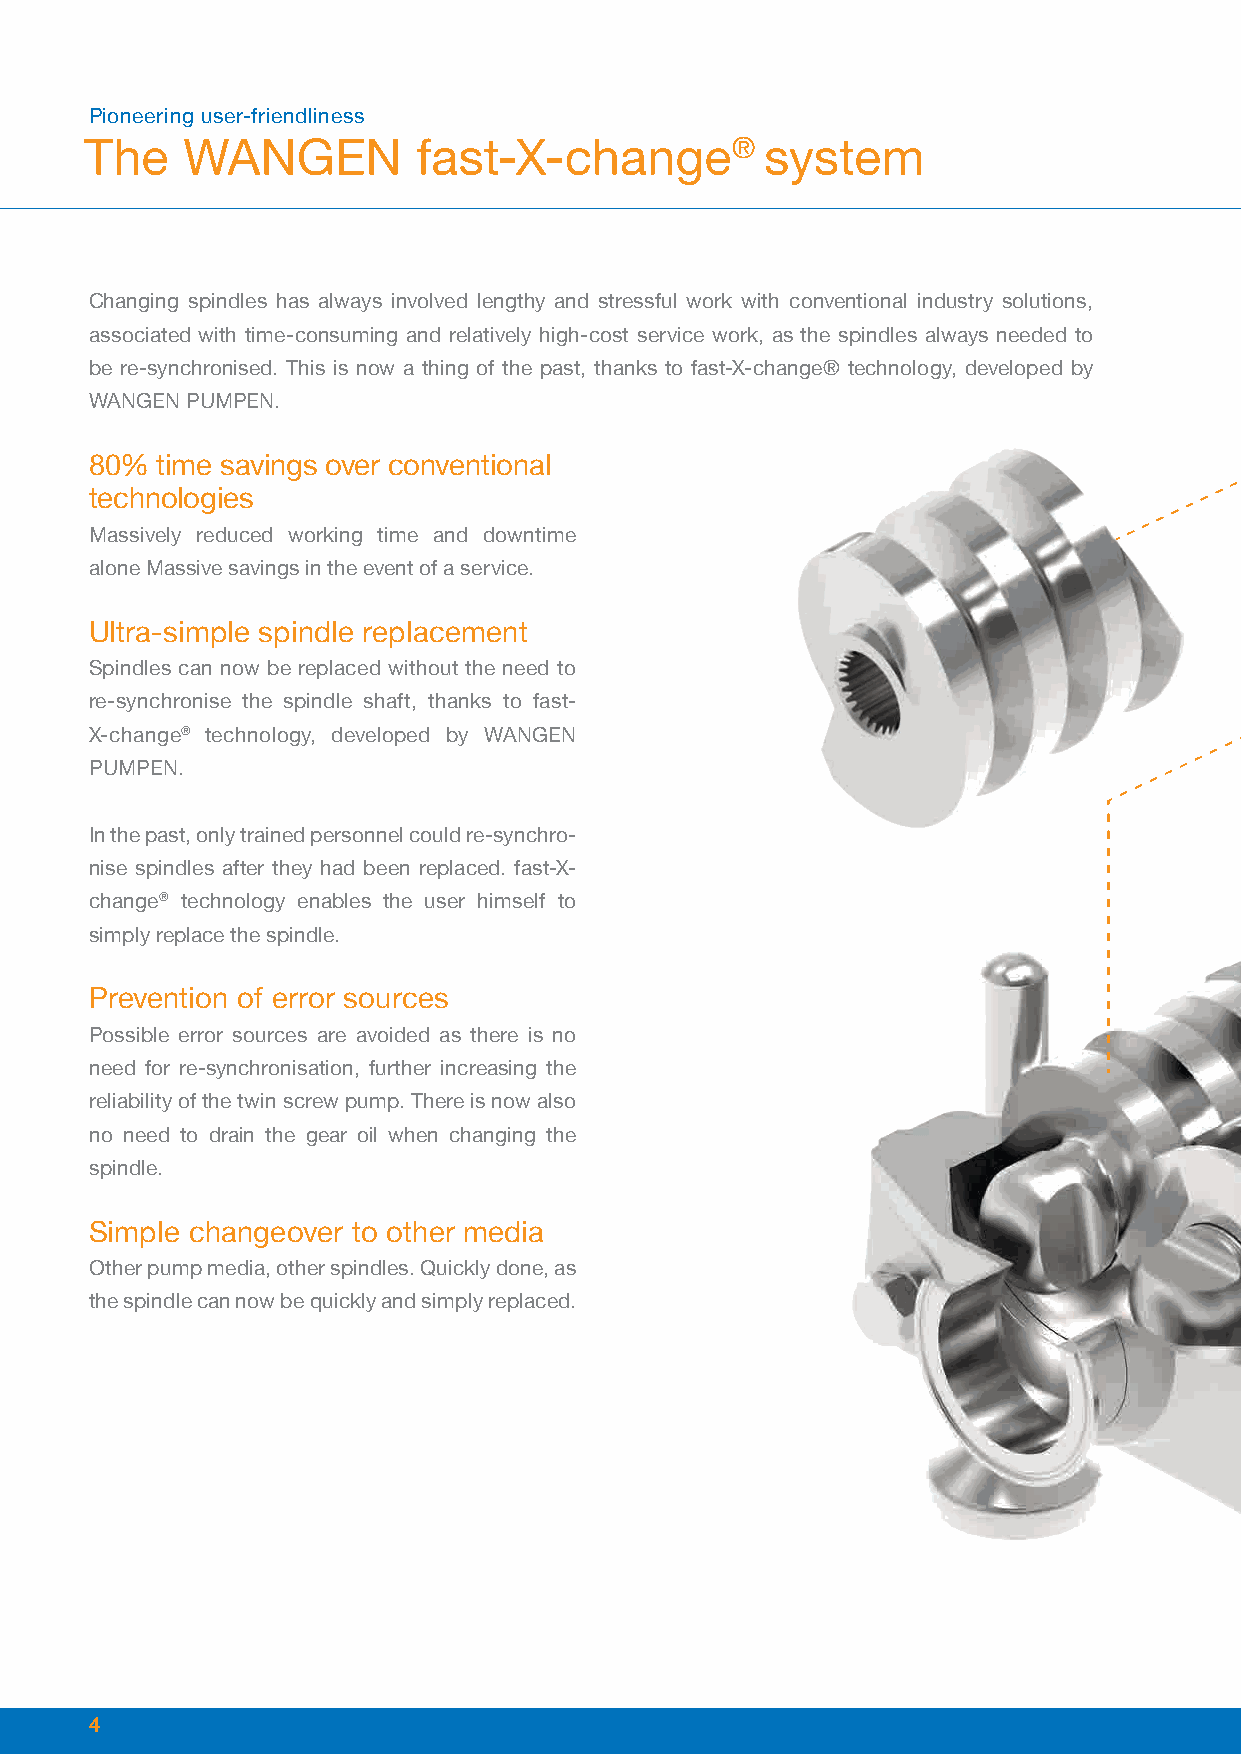
Pioneering user-friendliness
 The   WANGEN          fast-X-change®         system
 Changing spindles has always involved lengthy and stressful work with conventional industry solutions,
 associated with time-consuming and relatively high-cost service work, as the spindles always needed to
 be re-synchronised. This is now a thing of the past, thanks to fast-X-change® technology, developed by
 WANGEN PUMPEN.
 80% time savings over conventional
 technologies
 Massively reduced working time and downtime
 alone Massive savings in the event of a service.
 Ultra-simple spindle replacement
 Spindles can now be replaced without the need to
 re-synchronise the spindle shaft, thanks to fast-
 X-change® technology, developed by WANGEN
 PUMPEN.
 In the past, only trained personnel could re-synchro-
 nise spindles after they had been replaced. fast-X-
 change® technology enables the user himself to
 simply replace the spindle.
 Prevention of error sources
 Possible error sources are avoided as there is no
 need for re-synchronisation, further increasing the
 reliability of the twin screw pump. There is now also
 no need to drain the gear oil when changing the
 spindle.
 Simple changeover to other media
 Other pump media, other spindles. Quickly done, as
 the spindle can now be quickly and simply replaced.
 4